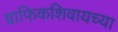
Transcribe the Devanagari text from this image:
ग्राफिकशिवायच्या